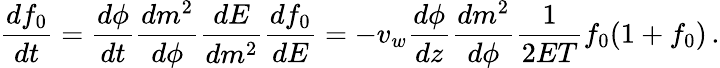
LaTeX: \frac{df_{0}}{dt}=\frac{d\phi}{dt}\frac{dm^{2}}{d\phi}\frac{dE}{dm^{2}}\frac{df_{0}}{dE}=-v_{w}\frac{d\phi}{dz}\frac{dm^{2}}{d\phi}\frac{1}{2ET}f_{0}(1+f_{0})\, .